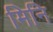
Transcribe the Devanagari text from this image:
मिनि